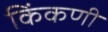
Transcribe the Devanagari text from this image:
किंकणी